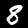
Digit: 8